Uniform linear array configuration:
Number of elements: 24
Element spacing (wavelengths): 0.25
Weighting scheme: cosine
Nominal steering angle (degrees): -45
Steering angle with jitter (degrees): -45.719
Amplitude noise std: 0.05
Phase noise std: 0.05

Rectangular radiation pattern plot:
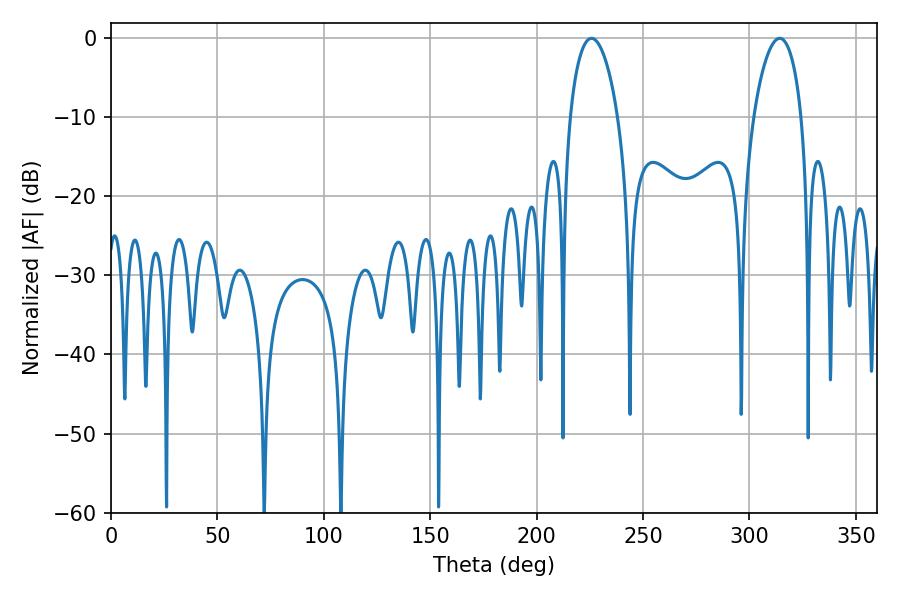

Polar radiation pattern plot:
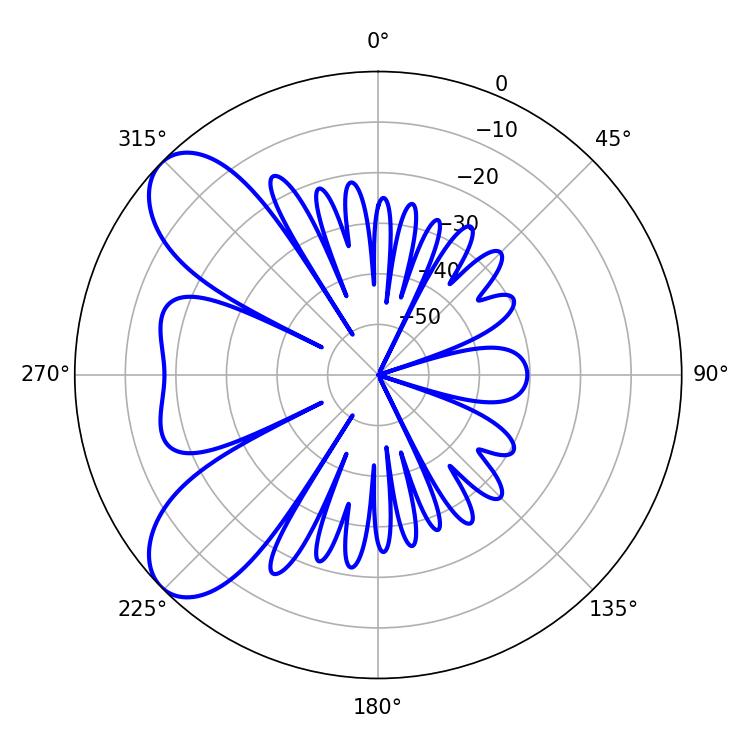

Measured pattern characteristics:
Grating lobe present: FALSE
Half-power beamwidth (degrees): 12.78
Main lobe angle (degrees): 314.28